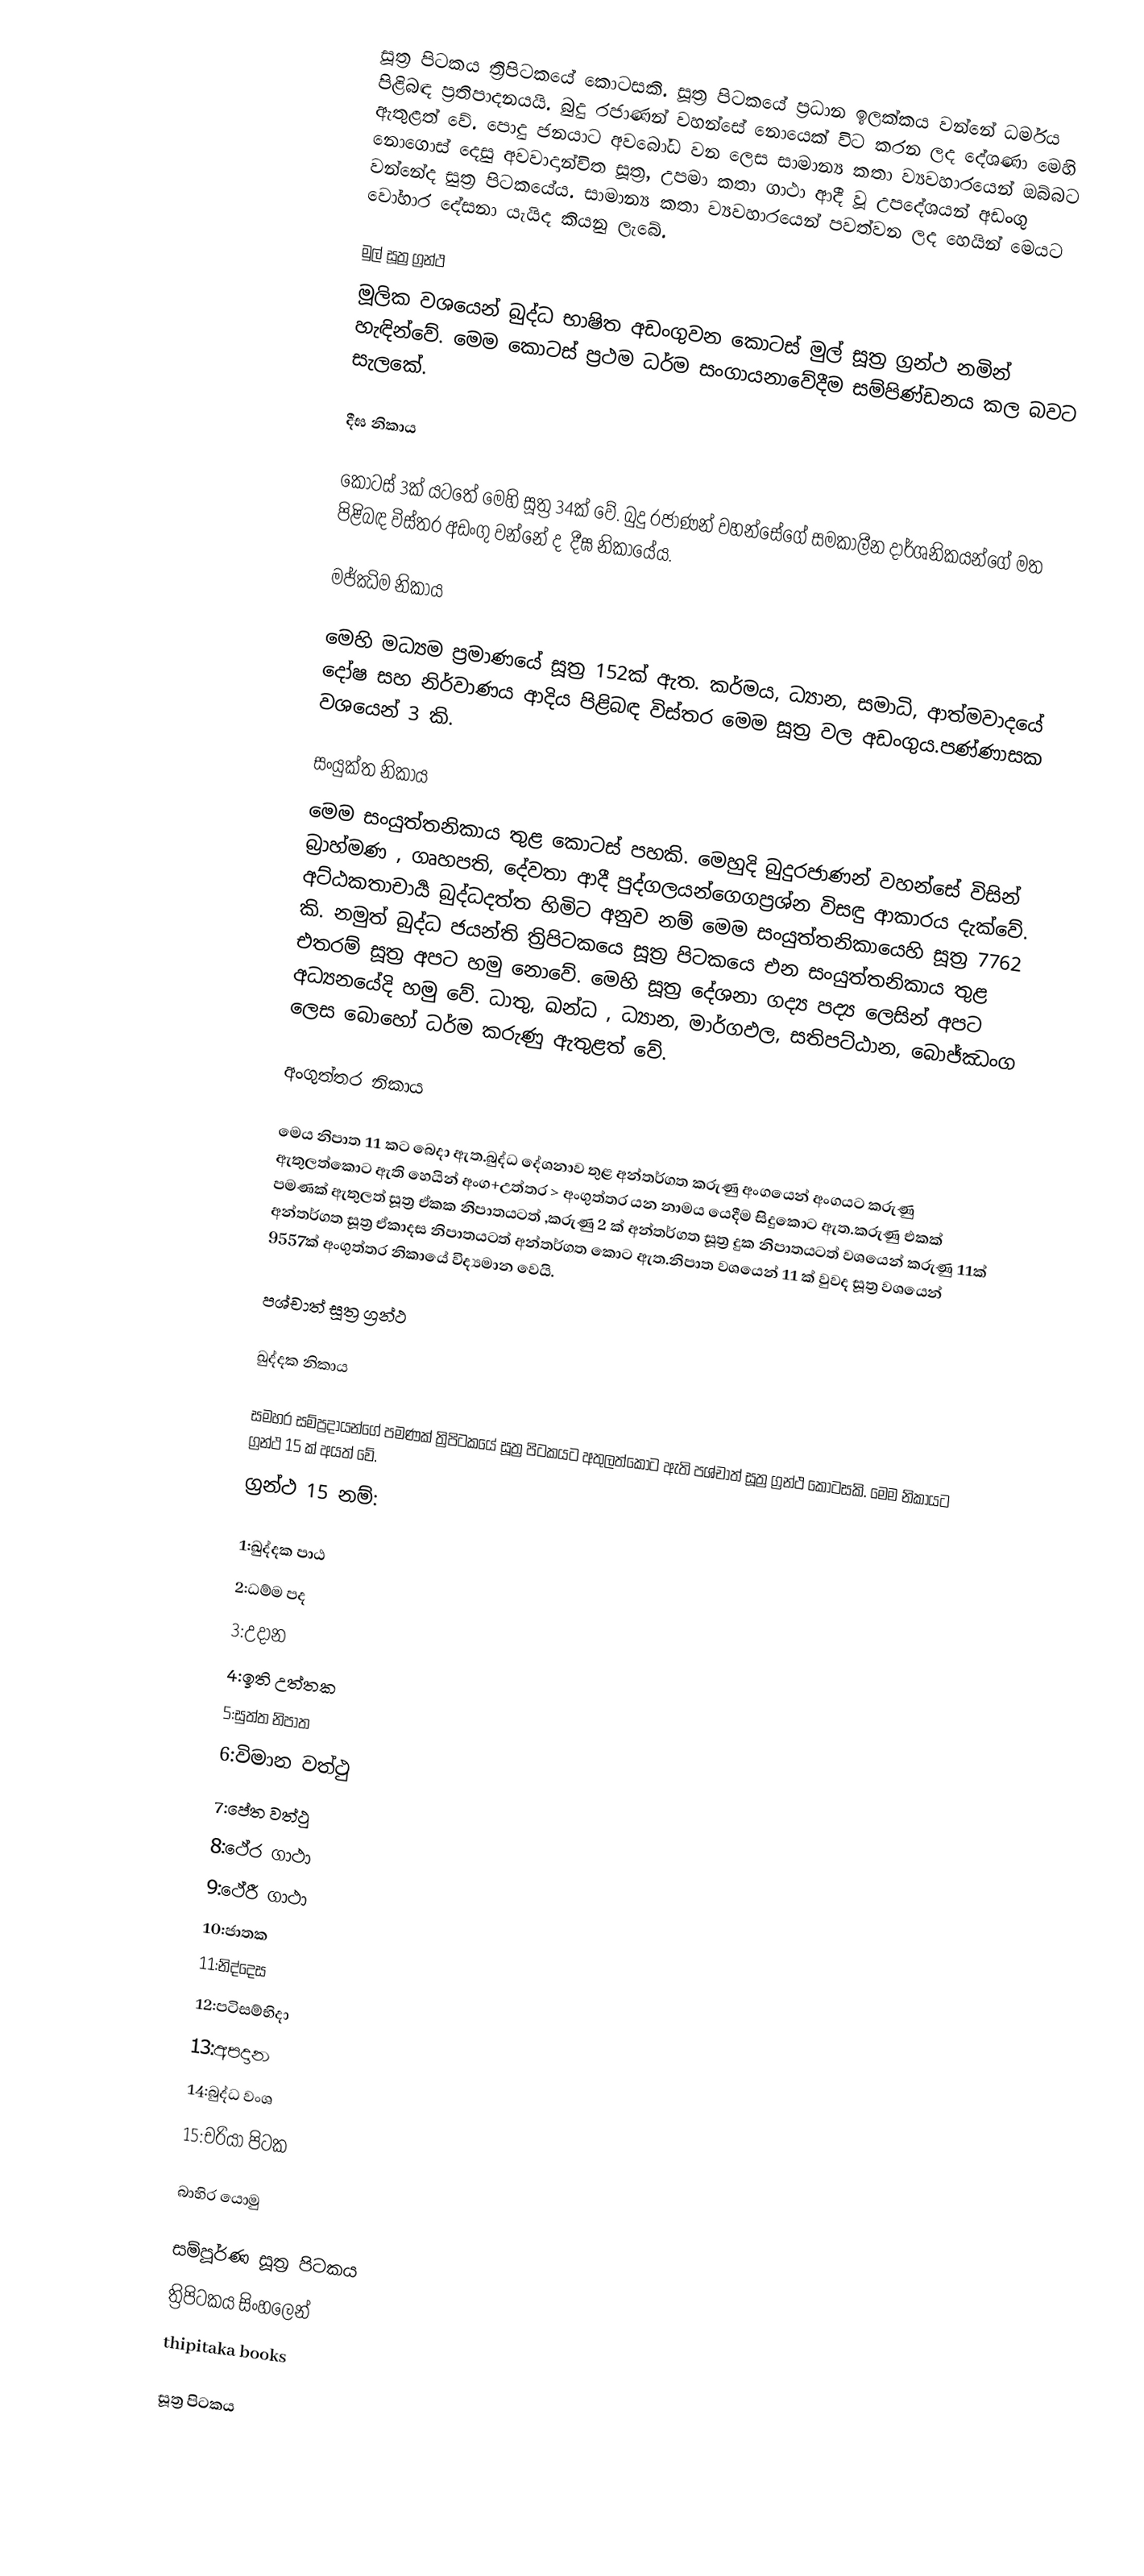
සූත්‍ර පිටකය ත්‍රිපිටකයේ කොටසකි. සූත්‍ර පිටකයේ ප්‍රධාන ඉලක්කය වන්නේ ධර්මය පිළිබඳ ප්‍රතිපාදනයයි. බුදු රජාණන් වහන්සේ නොයෙක් විට කරන ලද දේශණා මෙහි ඇතුළත් වේ. පොදු ජනයාට අවබෝධ වන ලෙස සාමාන්‍ය කතා ව්‍යවහාරයෙන් ඔබ්බට නොගොස් දෙසු අවවාදාන්විත සූත්‍ර, උපමා කතා ගාථා ආදී වූ උපදේශයන් අඩංගු වන්නේද සුත්‍ර පිටකයේය. සාමාන්‍ය කතා ව්‍යවහාරයෙන් පවත්වන ලද හෙයින් මෙයට වෝහාර දේසනා යැයිද කියනු ලැබේ.

මුල් සූත්‍ර ග්‍රන්ථ
මූලික වශයෙන් බුද්ධ භාෂිත අඩංගුවන කොටස් මුල් සූත්‍ර ග්‍රන්ථ නමින් හැඳින්වේ. මෙම කොටස් ප්‍රථම ධර්ම සංගායනාවේදීම සම්පිණ්ඩනය කල බවට සැලකේ.

දීඝ නිකාය

කොටස් 3ක් යටතේ මෙහි සූත්‍ර 34ක් වේ. බුදු රජාණන් වහන්සේගේ සමකාලීන දාර්ශනිකයන්ගේ මත පිළිබඳ විස්තර අඩංගු වන්නේ ද ‍ දීඝ නිකායේය.

මජ්ඣිම නිකාය

මෙහි මධ්‍යම ප්‍රමාණයේ සූත්‍ර 152ක් ඇත. කර්මය, ධ්‍යාන, සමාධි, ආත්මවාදයේ දෝෂ සහ නිර්වාණය ආදිය පිළිබඳ විස්තර මෙම සූත්‍ර වල අඩංගුය.පණ්ණාසක වශයෙන් 3 කි.

සංයුක්ත නිකාය
මෙම සංයුත්තනිකාය තුළ කොටස් පහකි. මෙහුදි බුදුරජාණන් වහන්සේ විසින් බ්‍රාහ්මණ , ගෘහපති, දේවතා ආදී පුද්ගලයන්ගෙගප්‍රශ්න විසඳු ආකාරය දැක්වේ. අට්ඨකතාචාර්‍ය බුද්ධදත්ත හිමිට අනුව නම් මෙම සංයුත්තනිකායෙහි සූත්‍ර 7762 කි. නමුත් බුද්ධ ජයන්ති ත්‍රිපිටකයෙ සූත්‍ර පිටකයෙ එන සංයුත්තනිකාය තුළ එතරම් සූත්‍ර අපට හමු නොවේ. මෙහි සූත්‍ර දේශනා ගද්‍ය පද්‍ය ලෙසින් අපට අධ්‍යනයේදි හමු වේ. ධාතු, ඛන්ධ , ධ්‍යාන, මාර්ගඵල, සතිපට්ඨාන, බොජ්ඣංග ලෙස බොහෝ ධර්ම කරුණු ඇතුළත් වේ.

අංගුත්තර නිකාය

මෙය නිපාත 11 කට බෙදා ඇත.බුද්ධ දේශනාව තුළ අන්තර්ගත කරුණු අංගයෙන් අංගයට  කරුණු ඇතුලත්කොට ඇති හෙයින් අංග+උත්තර > අංගුත්තර යන නාමය යෙදීම සිදුකොට ඇත.කරුණු එකක් පමණක් ඇතුලත් සූත්‍ර ඒකක නිපාතයටත් ,කරුණු 2 ක් අන්තර්ගත සූත්‍ර දුක නිපාතයටත් වශයෙන් කරුණු 11ක් අන්තර්ගත සූත්‍ර ඒකාදස නිපාතයටත් අන්තර්ගත කොට ඇත.නිපාත වශයෙන් 11 ක් වුවද සූත්‍ර වශයෙන් 9557ක් අංගුත්තර නිකායේ විද්‍යමාන වෙයි.

පශ්චාත් සූත්‍ර ග්‍රන්ථ

ඛුද්දක නිකාය

සමහර සම්ප්‍රදායන්ගේ පමණක් ත්‍රිපිටකයේ සූත්‍ර පිටකයට අතුලත්කොට ඇති පශ්චාත් සූත්‍ර ග්‍රන්ථ කොටසකි. මෙම නිකායට ‍ග්‍රන්ථ 15 ක් අයත් වේ.
ග්‍රන්ථ 15 නම්:

1:ඛුද්දක පාඨ
2:ධම්ම පද
3:උදාන
4:ඉති උත්තක
5:සුත්ත නිපාත
6:විමාන වත්ථු
7:පේත වත්ථු
8:ථේර ගාථා
9:ථේරී ගාථා
10:ජාතක
11:නිද්දෙස
12:පටිසම්භිදා
13:අපදාන
14:බුද්ධ වංශ
15:චරියා පිටක

බාහිර යොමු

සම්පූර්ණ සූත්‍ර පිටකය
ත්‍රිපිටකය සිංහලෙන්
thipitaka books

සූත්‍ර පිටකය